Plague in India, 1896, 1897 - Volume 3
Year: 1896
Disease focus: Plague
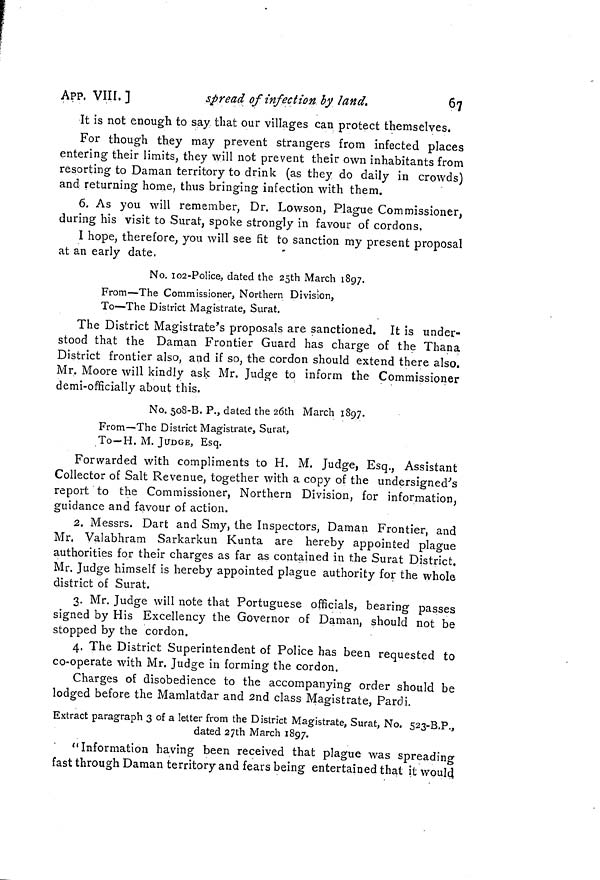
67
APP. VIII.]
spread of infection by land.
It is not enough to say that our villages can protect themselves.
For though they may prevent strangers from infected places
entering their limits, they will not prevent their own inhabitants from
resorting to Daman territory to drink (as they do daily in crowds)
and returning home, thus bringing infection with them.
6. As you will remember, Dr. Lowson, Plague Commissioner,
during his visit to Surat, spoke strongly in favour of cordons,
I hope, therefore, you will see fit to sanction my present proposal
at an early date,
No. 102-Police, dated the 25th March 1897.
From—The Commissioner, Northern Division,
To—The District Magistrate, Surat.
The District Magistrate's proposals are sanctioned. It is under-
stood that the Daman Frontier Guard has charge of the Thana
District frontier also, and if so, the cordon should extend there also.
Mr. Moore will kindly ask Mr. Judge to inform the Commissioner
demi-officially about this.
No. 508-B. P., dated the 26th March 1897.
From—The District Magistrate, Surat,
To—H. M. JUDGE, Esq.
Forwarded with compliments to H. M. Judge, Esq., Assistant
Collector of Salt Revenue, together with a copy of the undersigned's
report to the Commissioner, Northern Division, for information,
guidance and favour of action.
2. Messrs. Dart and Smy, the Inspectors, Daman Frontier, and
Mr. Valabhram Sarkarkun Kunta are hereby appointed plague
authorities for their charges as far as contained in the Surat District.
Mr. Judge himself is hereby appointed plague authority for the whole
district of Surat.
3. Mr. Judge will note that Portuguese officials, bearing passes
signed by His Excellency the Governor of Daman, should not be
stopped by the cordon.
4. The District Superintendent of Police has been requested to
co-operate with Mr. Judge in forming the cordon.
Charges of disobedience to the accompanying order should be
lodged before the Mamlatdar and 2nd class Magistrate, Pardi.
Extract paragraph 3 of a letter from the District Magistrate, Surat, No. 523-B.P.,
dated 27th March 1897.
"Information having been received that plague was spreading
fast through Daman territory and fears being entertained that it would